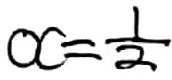
O C = \frac { 1 } { 2 }